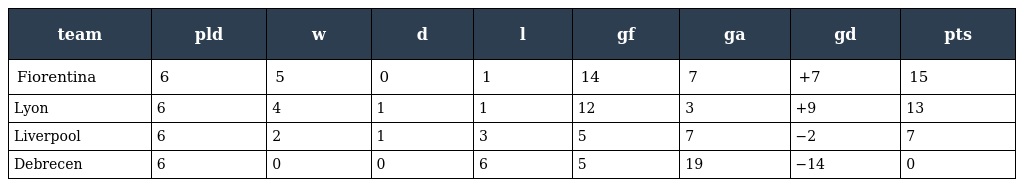
| team | pld | w | d | l | gf | ga | gd | pts |
 | --- | --- | --- | --- | --- | --- | --- | --- | --- |
 | Fiorentina | 6 | 5 | 0 | 1 | 14 | 7 | +7 | 15 |
 | Lyon | 6 | 4 | 1 | 1 | 12 | 3 | +9 | 13 |
 | Liverpool | 6 | 2 | 1 | 3 | 5 | 7 | −2 | 7 |
 | Debrecen | 6 | 0 | 0 | 6 | 5 | 19 | −14 | 0 |